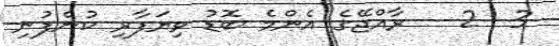
3  2   ރާއްޖޭގެ އެންމެ ބޮޑު ވިޔަފާރި ކުންފުނި